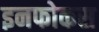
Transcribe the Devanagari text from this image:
इनफोकस